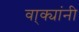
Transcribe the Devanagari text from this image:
वा्क्यांनी